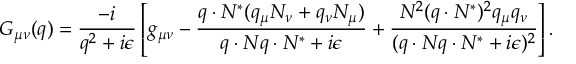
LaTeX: G _ { \mu \nu } ( q ) = \frac { - i } { q ^ { 2 } + i \epsilon } \left[ g _ { \mu \nu } - \frac { q \cdot N ^ { \ast } ( q _ { \mu } N _ { \nu } + q _ { \nu } N _ { \mu } ) } { q \cdot N q \cdot N ^ { \ast } + i \epsilon } + \frac { N ^ { 2 } ( q \cdot N ^ { \ast } ) ^ { 2 } q _ { \mu } q _ { \nu } } { ( q \cdot N q \cdot N ^ { \ast } + i \epsilon ) ^ { 2 } } \right] .